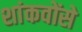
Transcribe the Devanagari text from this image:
शांकवोंसे